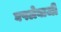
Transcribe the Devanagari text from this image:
घपलेबाजी